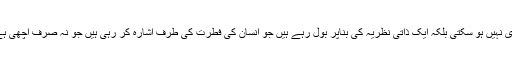
اس میں کوئی شک نہیں اس طرح کی باتیں ایک عام مجتہد کی زبان سے جاری نہیں ہو سکتی بلکہ ایک ذاتی نظریہ کی بناپر بول رہے ہیں جو انسان کی فطرت کی طرف اشارہ کر رہی ہیں جو نہ صرف اچھی ہے اور نہ بری کیونکہ انسان کی فطرت میں غریزہ اور طمع بھی پایا جاتا ہے۔